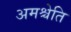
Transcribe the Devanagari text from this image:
अमश्चेति